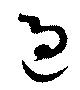
過